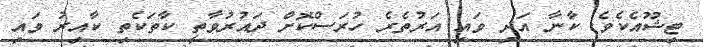
ޓިޝޫއެކެވެ. ކާނާ އަދި ވައި އަރުތެރެ ހުރަސްކޮށް ދައުރުވާތީ ކާތަކެތި ކާއިރު ވައި